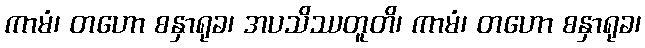
ကာမံ၊ တဟော စနှာရုခ၊ အပသိဿတူတိ၊ ကာမံ၊ တဟော စနှာရုခ၊